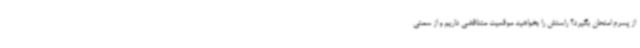
از پسرم امتحان بگیرد؟ راستش را بخواهید موقعیت متناقضی داریم و از سمتی